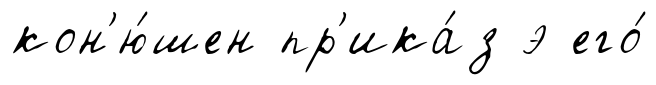
кон'ю́шен пр'ика́з э его́